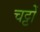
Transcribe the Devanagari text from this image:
चट्टों